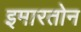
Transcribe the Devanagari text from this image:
इमारतोन